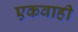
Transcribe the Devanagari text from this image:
एकवाही